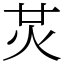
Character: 炗